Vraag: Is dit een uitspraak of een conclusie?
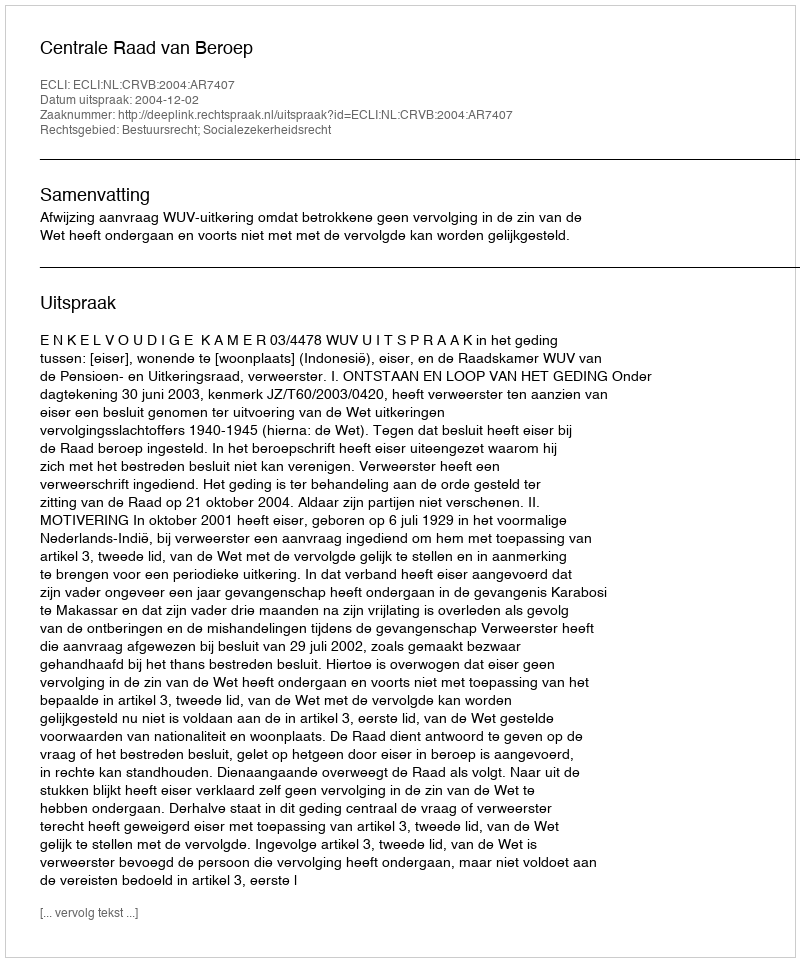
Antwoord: Uitspraak